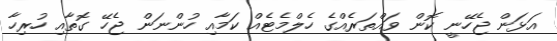
އަޅަން ޖެހޭނީ ކޮން ވައްތަރެއްގެ ހެލްމެޓެއް ކަމާއި ހުންނަން ޖެހޭ ގޮތާއި ހުރިހާ